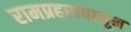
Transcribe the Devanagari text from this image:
रामप्रहरापासून